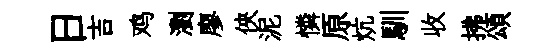
日吉鸡瀏廖俠泥憐原炕馴收拂頌